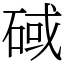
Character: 䂸